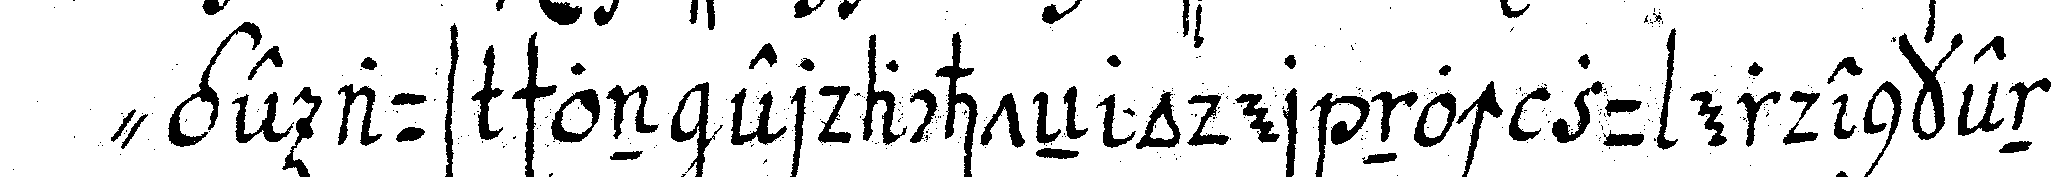
" ge aus schon erdachteN oder noch zu erdenkendeN